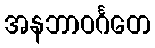
အနဘာဝင်္ဂတေ